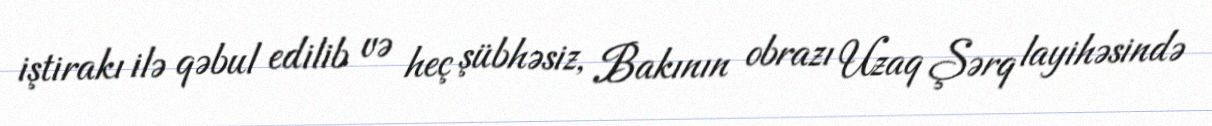
iştirakı ilə qəbul edilib və heç şübhəsiz, Bakının obrazı Uzaq Şərq layihəsində